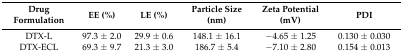
<table><thead><tr><td><b>Drug Formulation</b></td><td><b>EE (%)</b></td><td><b>LE (%)</b></td><td><b>Particle Size (nm)</b></td><td><b>Zeta Potential (mV)</b></td><td><b>PDI</b></td></tr></thead><tbody><tr><td>DTX-L</td><td>97.3 ± 2.0</td><td>29.9 ± 0.6</td><td>148.1 ± 16.1</td><td>−4.65 ± 1.25</td><td>0.130 ± 0.030</td></tr><tr><td>DTX-ECL</td><td>69.3 ± 9.7</td><td>21.3 ± 3.0</td><td>186.7 ± 5.4</td><td>−7.10 ± 2.80</td><td>0.154 ± 0.013</td></tr></tbody></table>